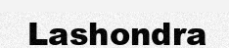
Lashondra